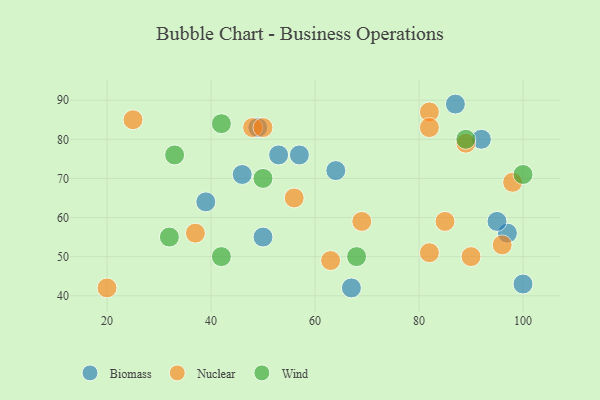
{"axis": {"x": "GDP", "y": "Life Expectancy"}, "legend": ["Biomass", "Nuclear", "Wind"], "data": [{"x": "97", "y": 56, "type": "Biomass"}, {"x": "67", "y": 42, "type": "Biomass"}, {"x": "49", "y": 83, "type": "Biomass"}, {"x": "95", "y": 59, "type": "Biomass"}, {"x": "53", "y": 76, "type": "Biomass"}, {"x": "46", "y": 71, "type": "Biomass"}, {"x": "57", "y": 76, "type": "Biomass"}, {"x": "100", "y": 43, "type": "Biomass"}, {"x": "64", "y": 72, "type": "Biomass"}, {"x": "92", "y": 80, "type": "Biomass"}, {"x": "50", "y": 55, "type": "Biomass"}, {"x": "87", "y": 89, "type": "Biomass"}, {"x": "39", "y": 64, "type": "Biomass"}, {"x": "96", "y": 53, "type": "Nuclear"}, {"x": "25", "y": 85, "type": "Nuclear"}, {"x": "90", "y": 50, "type": "Nuclear"}, {"x": "48", "y": 83, "type": "Nuclear"}, {"x": "50", "y": 83, "type": "Nuclear"}, {"x": "82", "y": 51, "type": "Nuclear"}, {"x": "63", "y": 49, "type": "Nuclear"}, {"x": "69", "y": 59, "type": "Nuclear"}, {"x": "85", "y": 59, "type": "Nuclear"}, {"x": "20", "y": 42, "type": "Nuclear"}, {"x": "98", "y": 69, "type": "Nuclear"}, {"x": "37", "y": 56, "type": "Nuclear"}, {"x": "82", "y": 87, "type": "Nuclear"}, {"x": "56", "y": 65, "type": "Nuclear"}, {"x": "82", "y": 83, "type": "Nuclear"}, {"x": "89", "y": 79, "type": "Nuclear"}, {"x": "100", "y": 71, "type": "Wind"}, {"x": "50", "y": 70, "type": "Wind"}, {"x": "89", "y": 80, "type": "Wind"}, {"x": "42", "y": 84, "type": "Wind"}, {"x": "32", "y": 55, "type": "Wind"}, {"x": "33", "y": 76, "type": "Wind"}, {"x": "42", "y": 50, "type": "Wind"}, {"x": "68", "y": 50, "type": "Wind"}]}